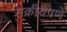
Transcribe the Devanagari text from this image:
सक्रीयपणे